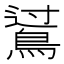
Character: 𪁶